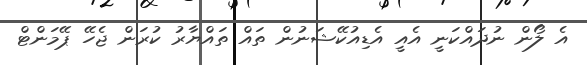
އެ ލޯން ނުދައްކަނީ އެއީ އެޑިއުކޭޝަނުން ތައް ތައްޔާރު ކުރަން ޖެހޭ ޕޭމަންޓް